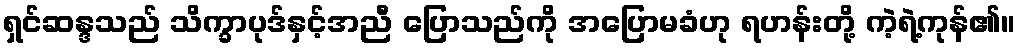
ရှင်ဆန္ဒသည် သိက္ခာပုဒ်နှင့်အညီ ပြောသည်ကို အပြောမခံဟု ရဟန်းတို့ ကဲ့ရဲ့ကုန်၏။